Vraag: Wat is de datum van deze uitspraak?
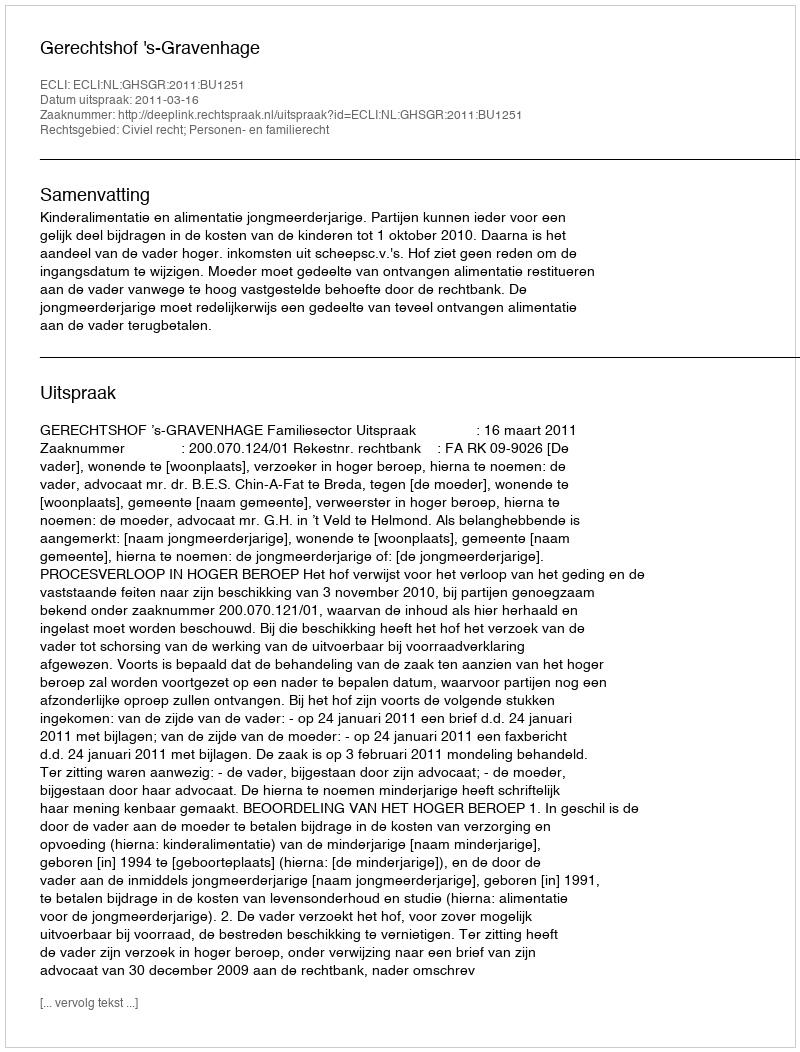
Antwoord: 2011-03-16